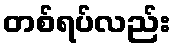
တစ်ရပ်လည်း